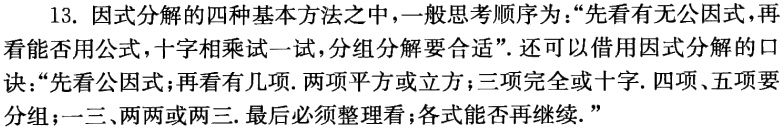
13. 因式分解的四种基本方法之中，一般思考顺序为：“先看有无公因式，再看能否用公式，十字相乘试一试，分组分解要合适”. 还可以借用因式分解的口诀：“先看公因式；再看有几项. 两项平方或立方；三项完全或十字. 四项、五项要分组；一三、两两或两三. 最后必须整理看；各式能否再继续.”